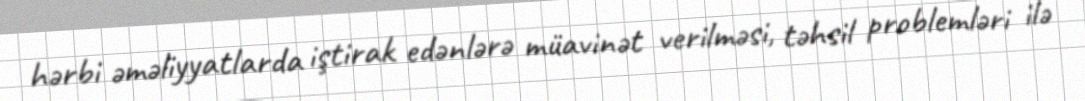
hərbi əməliyyatlarda iştirak edənlərə müavinət verilməsi, təhsil problemləri ilə